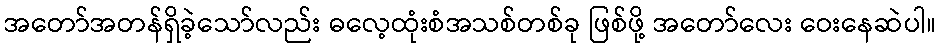
အတော်အတန်ရှိခဲ့သော်လည်း ဓလေ့ထုံးစံအသစ်တစ်ခု ဖြစ်ဖို့ အတော်လေး ဝေးနေဆဲပါ။